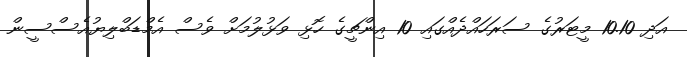
އަދި 10.10 މީޓަރުގެ ސަރަހައްދެއްގައި 10 އިންޗީގެ ހޮޅި ވަޅުލުމަށް ވެސް އެމްޑަބްލިޔުއެސްސީން